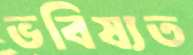
ভবিষ্যত